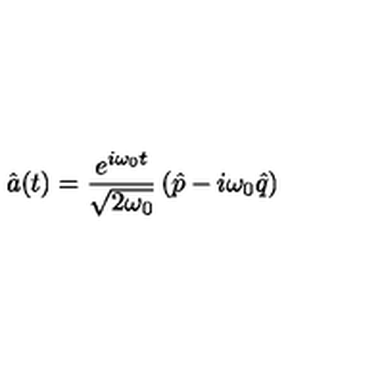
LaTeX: \hat { a } ( t ) = \frac { { e } ^ { i \omega _ { 0 } t } } { \sqrt { 2 \omega _ { 0 } } } \left( \hat { p } - i \omega _ { 0 } \hat { q } \right)